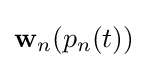
\mathbf {w} _{n}(p_{n}(t))